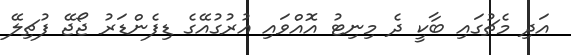
އަދި މެޗުގައި ބާކީ ދެ މިނިޓު އޮއްވައި އުރުގުއޭގެ ޑިފެންޑަރު ޖޯޖޭ ފުޗިލޭ